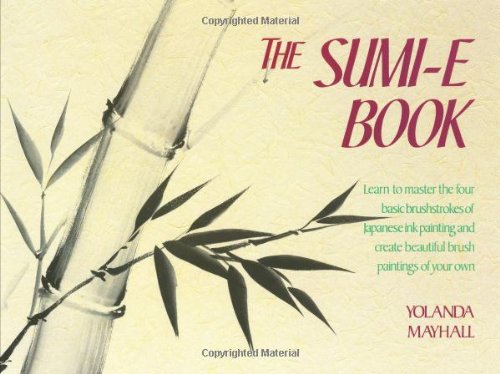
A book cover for The Sumi-E Book; Yolanda Mayhall; Arts & Photography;